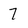
Character: 7